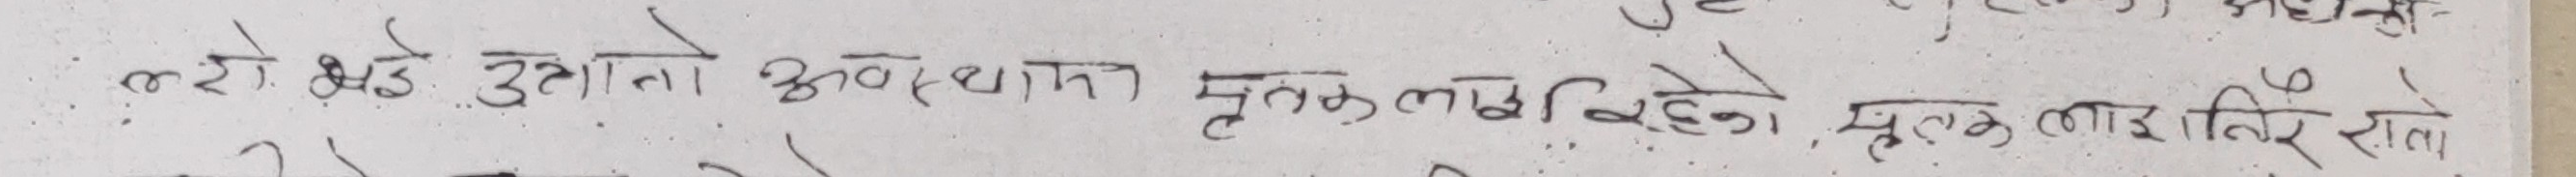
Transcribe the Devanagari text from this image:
लगे अडे उठानो अवस्थामा मुलक लागि रहने, मुलक लागि रता